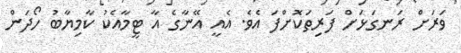
ވަރަށް ރަނގަޅަށް ފަރިތަކޮށްފަ އެވެ. އެއީ އޭނާގެ އާ ޓީމާއެކު ކާމިޔާބު ހޯދަން